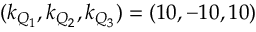
( k _ { Q _ { 1 } } , k _ { Q _ { 2 } } , k _ { Q _ { 3 } } ) = ( 1 0 , - 1 0 , 1 0 )